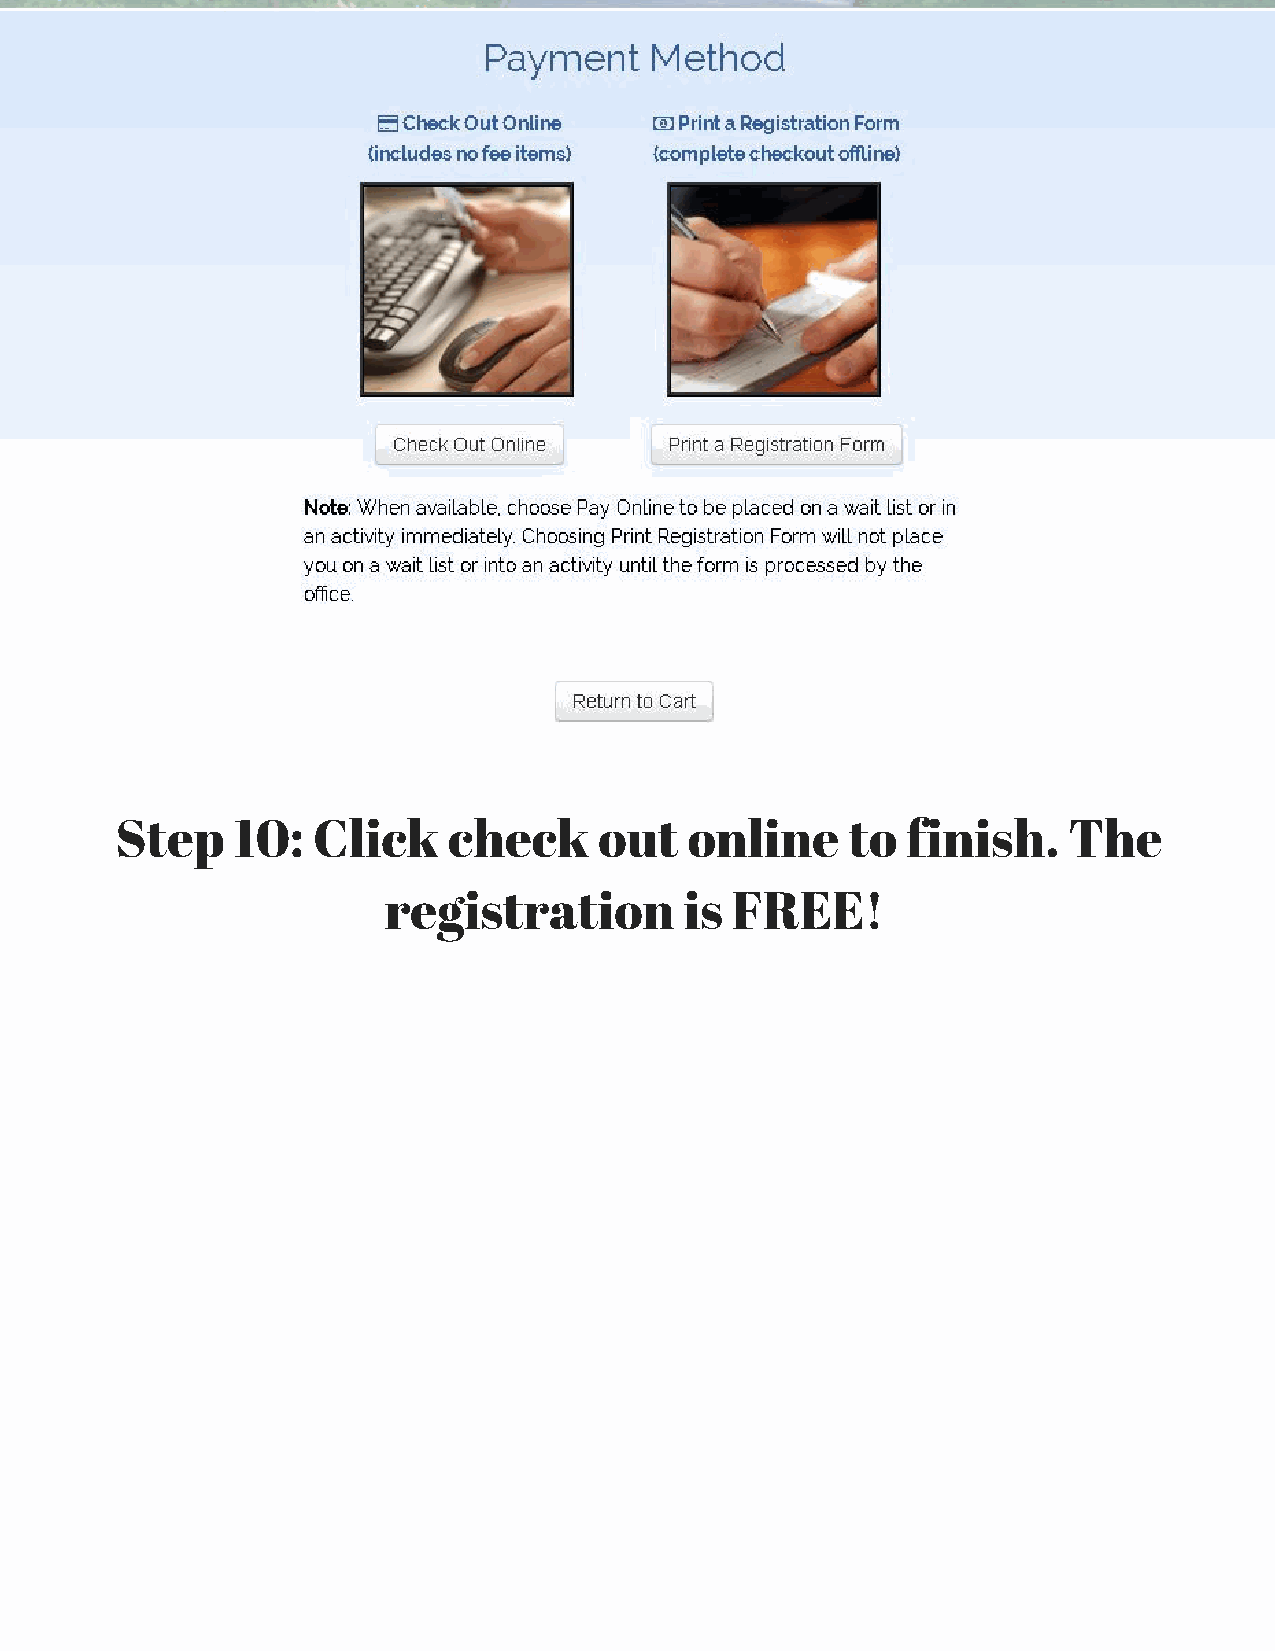
Step   10:   Click    check     out   online    to  finish.    The
 registration        is FREE!